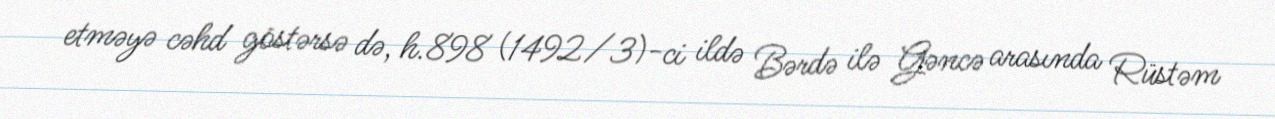
etməyə cəhd göstərsə də, h.898 (1492/3)-ci ildə Bərdə ilə Gəncə arasında Rüstəm